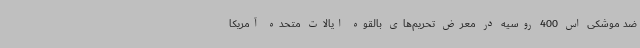
ضد موشکی اس 400 روسیه در معرض تحریم‌های بالقوه ایالات متحده آمریکا